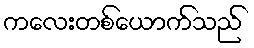
ကလေးတစ်ယောက်သည်